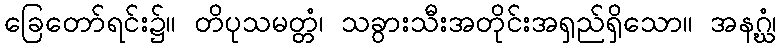
ခြေတော်ရင်း၌။ တိပုသမတ္တံ၊ သခွားသီးအတိုင်းအရှည်ရှိသော။ အနဂ္ဃံ၊